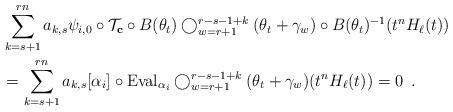
LaTeX: \begin{align*} &\sum_{k=s+1}^{rn}a_{k,s}\psi_{{i,0}} \circ {\mathcal{T}}_{\bold{c}}\circ B(\theta_t) \bigcirc_{{{w}}=r+1}^{r-s-1+k}(\theta_t+\gamma_{{w}}) \circ B(\theta_t)^{-1}(t^nH_{\ell}(t))\\&=\sum_{k=s+1}^{rn}a_{k,s}[\alpha_i]\circ {\rm{Eval}}_{\alpha_i} \bigcirc_{{{w}}=r+1}^{r-s-1+k}(\theta_t+\gamma_{{{w}}}) (t^nH_{\ell}(t))=0\enspace. \end{align*}